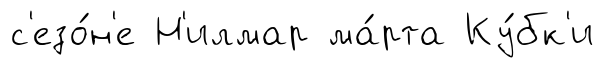
с'езо́н'е Н'илмар ма́рта Ку́бк'и